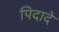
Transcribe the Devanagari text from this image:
पिदादे